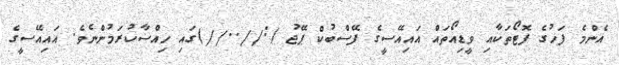
އެންމެ ފަހުގެ ފޮޓޯތަކާއި ވީޑިއޯތައް އައިއޭސީގެ ފޭސްބުކް ޕޭޖު (://..//)ގައި ހިއްސާކުރަމުންނެވެ. އައިއޭސީގެ